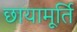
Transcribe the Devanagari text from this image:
छायामूर्ति